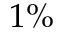
1 \%